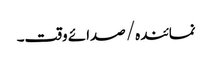
نمائندہ/ صدائے وقت۔